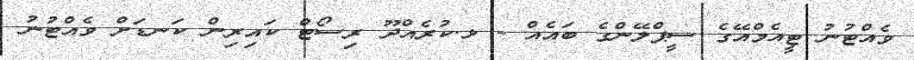
ވެއްޓުނު ޓީއެމްއޭގެ ސީޕްލޭންގެ ބައެއް - ޅ.ކުރެއްދޫ ރިސޯޓް ކައިރިން ކަނޑަށް ވެއްޓުނު